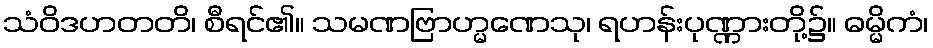
သံဝိဒဟတတိ၊ စီရင်၏။ သမဏဗြာဟ္မဏေသု၊ ရဟန်းပုဏ္ဏားတို့၌။ ဓမ္မိကံ၊